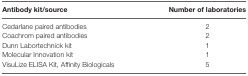
<table><thead><tr><td><b>Antibody kit/source</b></td><td><b>Number of laboratories</b></td></tr></thead><tbody><tr><td>Cedarlane paired antibodies</td><td>2</td></tr><tr><td>Coachrom paired antibodies</td><td>2</td></tr><tr><td>Dunn Labortechnick kit</td><td>1</td></tr><tr><td>Molecular Innovation kit</td><td>1</td></tr><tr><td>VisuLize ELISA Kit, Affinity Biologicals</td><td>5</td></tr></tbody></table>